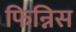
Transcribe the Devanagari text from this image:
फिन्निस